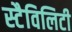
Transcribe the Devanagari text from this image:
स्टैविलिटी